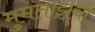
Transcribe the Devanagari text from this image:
मुमताझची